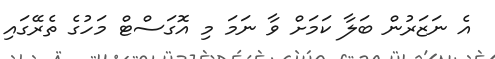
އެ ނަޒަރުން ބަލާ ކަމަށް ވާ ނަމަ މި އޮގަސްޓް މަހުގެ ތެރޭގައި